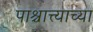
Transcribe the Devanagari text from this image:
पाश्चात्त्याच्या